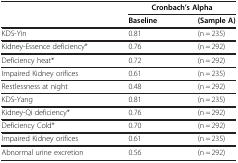
| <ROWSPAN=2>  | <COLSPAN=2> Cronbach’s Alpha |
 | Baseline | (Sample A) |
 | --- | --- | --- |
 | KDS-Yin | 0.81 | (n = 235) |
 | Kidney-Essence deficiency* | 0.76 | (n = 292) |
 | Deficiency heat* | 0.72 | (n = 292) |
 | Impaired Kidney orifices | 0.61 | (n = 235) |
 | Restlessness at night | 0.48 | (n = 292) |
 | KDS-Yang | 0.81 | (n = 235) |
 | Kidney-Qi deficiency* | 0.76 | (n = 292) |
 | Deficiency Cold* | 0.70 | (n = 292) |
 | Impaired Kidney orifices | 0.61 | (n = 235) |
 | Abnormal urine excretion | 0.56 | (n = 292) |